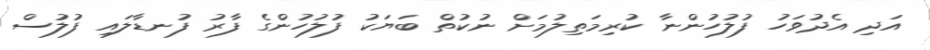
އަދި އެދުވަހު ފުލުހުންނާ ކުރިމަތިލުމަށް ނުކުތް ބަޔަކު ފުލުހުންގެ ފާރު ފުނޑާލައި ފުލުސް